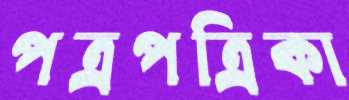
পত্রপত্রিকা